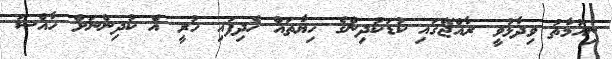
ނިއުމާތު ވިދާޅުވީ ރާއްޖޭގައި ކުޑަކުދިންގެ ހިޔާތައް ހެދިފައި ހުރީ އެ ކުދިންނަށް ހާއްސަ